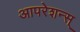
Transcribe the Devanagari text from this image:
आपरेशन्स्